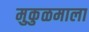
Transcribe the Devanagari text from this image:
मुकुळमाला